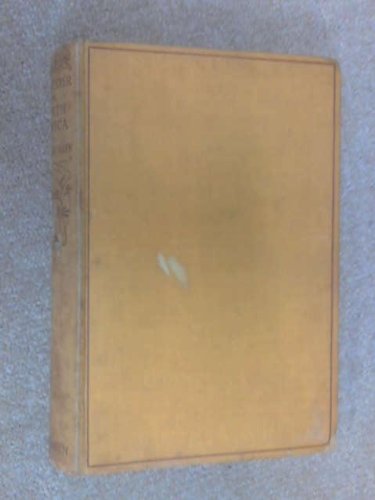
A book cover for A Wayfarer in North Africa: Tunisia and Algeria; Edgar Fletcher-Allen; Travel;